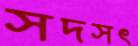
সদসৎ